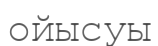
ойысуы